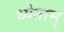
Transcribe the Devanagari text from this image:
ध्येताम्